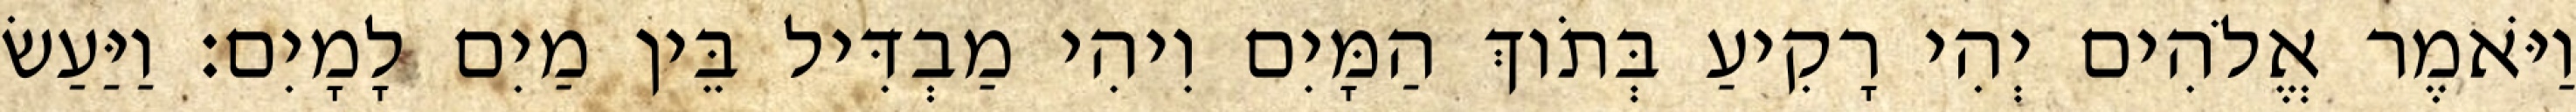
וַיֹּאמֶר אֱלֹהִים יְהִי רָקִיעַ בְּתֹוךְ הַמָּיִם וִיהִי מַבְדִּיל בֵּין מַיִם לָמָיִם׃ וַיַּעַשׂ